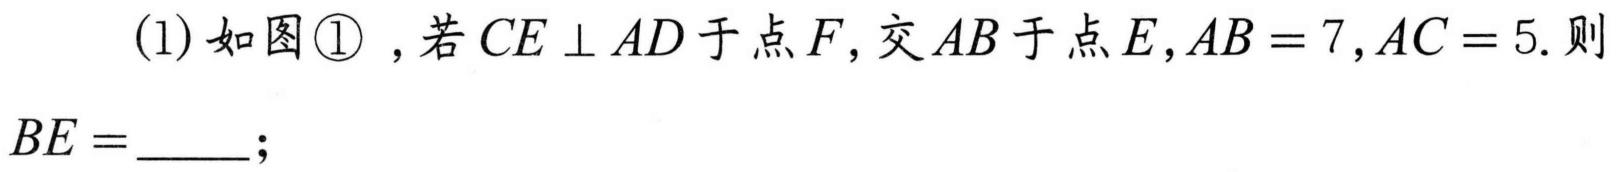
(1)如图\textcircled{1} ,若\(CE\perp AD\)于点\(F\),交\(AB\)于点\(E\),\(AB = 7\),\(AC = 5\).则\(BE=\underline{\quad\quad}\);